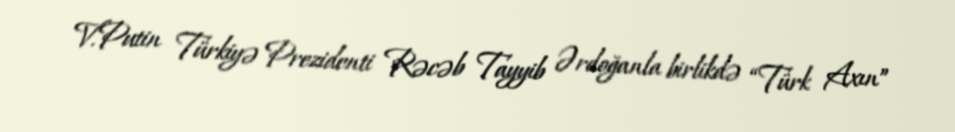
V.Putin Türkiyə Prezidenti Rəcəb Tayyib Ərdoğanla birlikdə “Türk Axın”